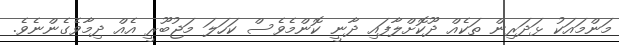
މަންމައަކު ޅަދަރިން ތަކެއް ދޫކޮށްލާފައި ދާނީ ކޮންމެވެސް ކަހަލަ މަޖުބޫރީ އެއް ދިމާވެގެންނެވެ.